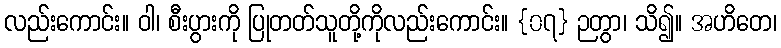
လည်းကောင်း။ ဝါ၊ စီးပွားကို ပြုတတ်သူတို့ကိုလည်းကောင်း။ {၀၇} ဉတွာ၊ သိ၍။ အဟိတေ၊